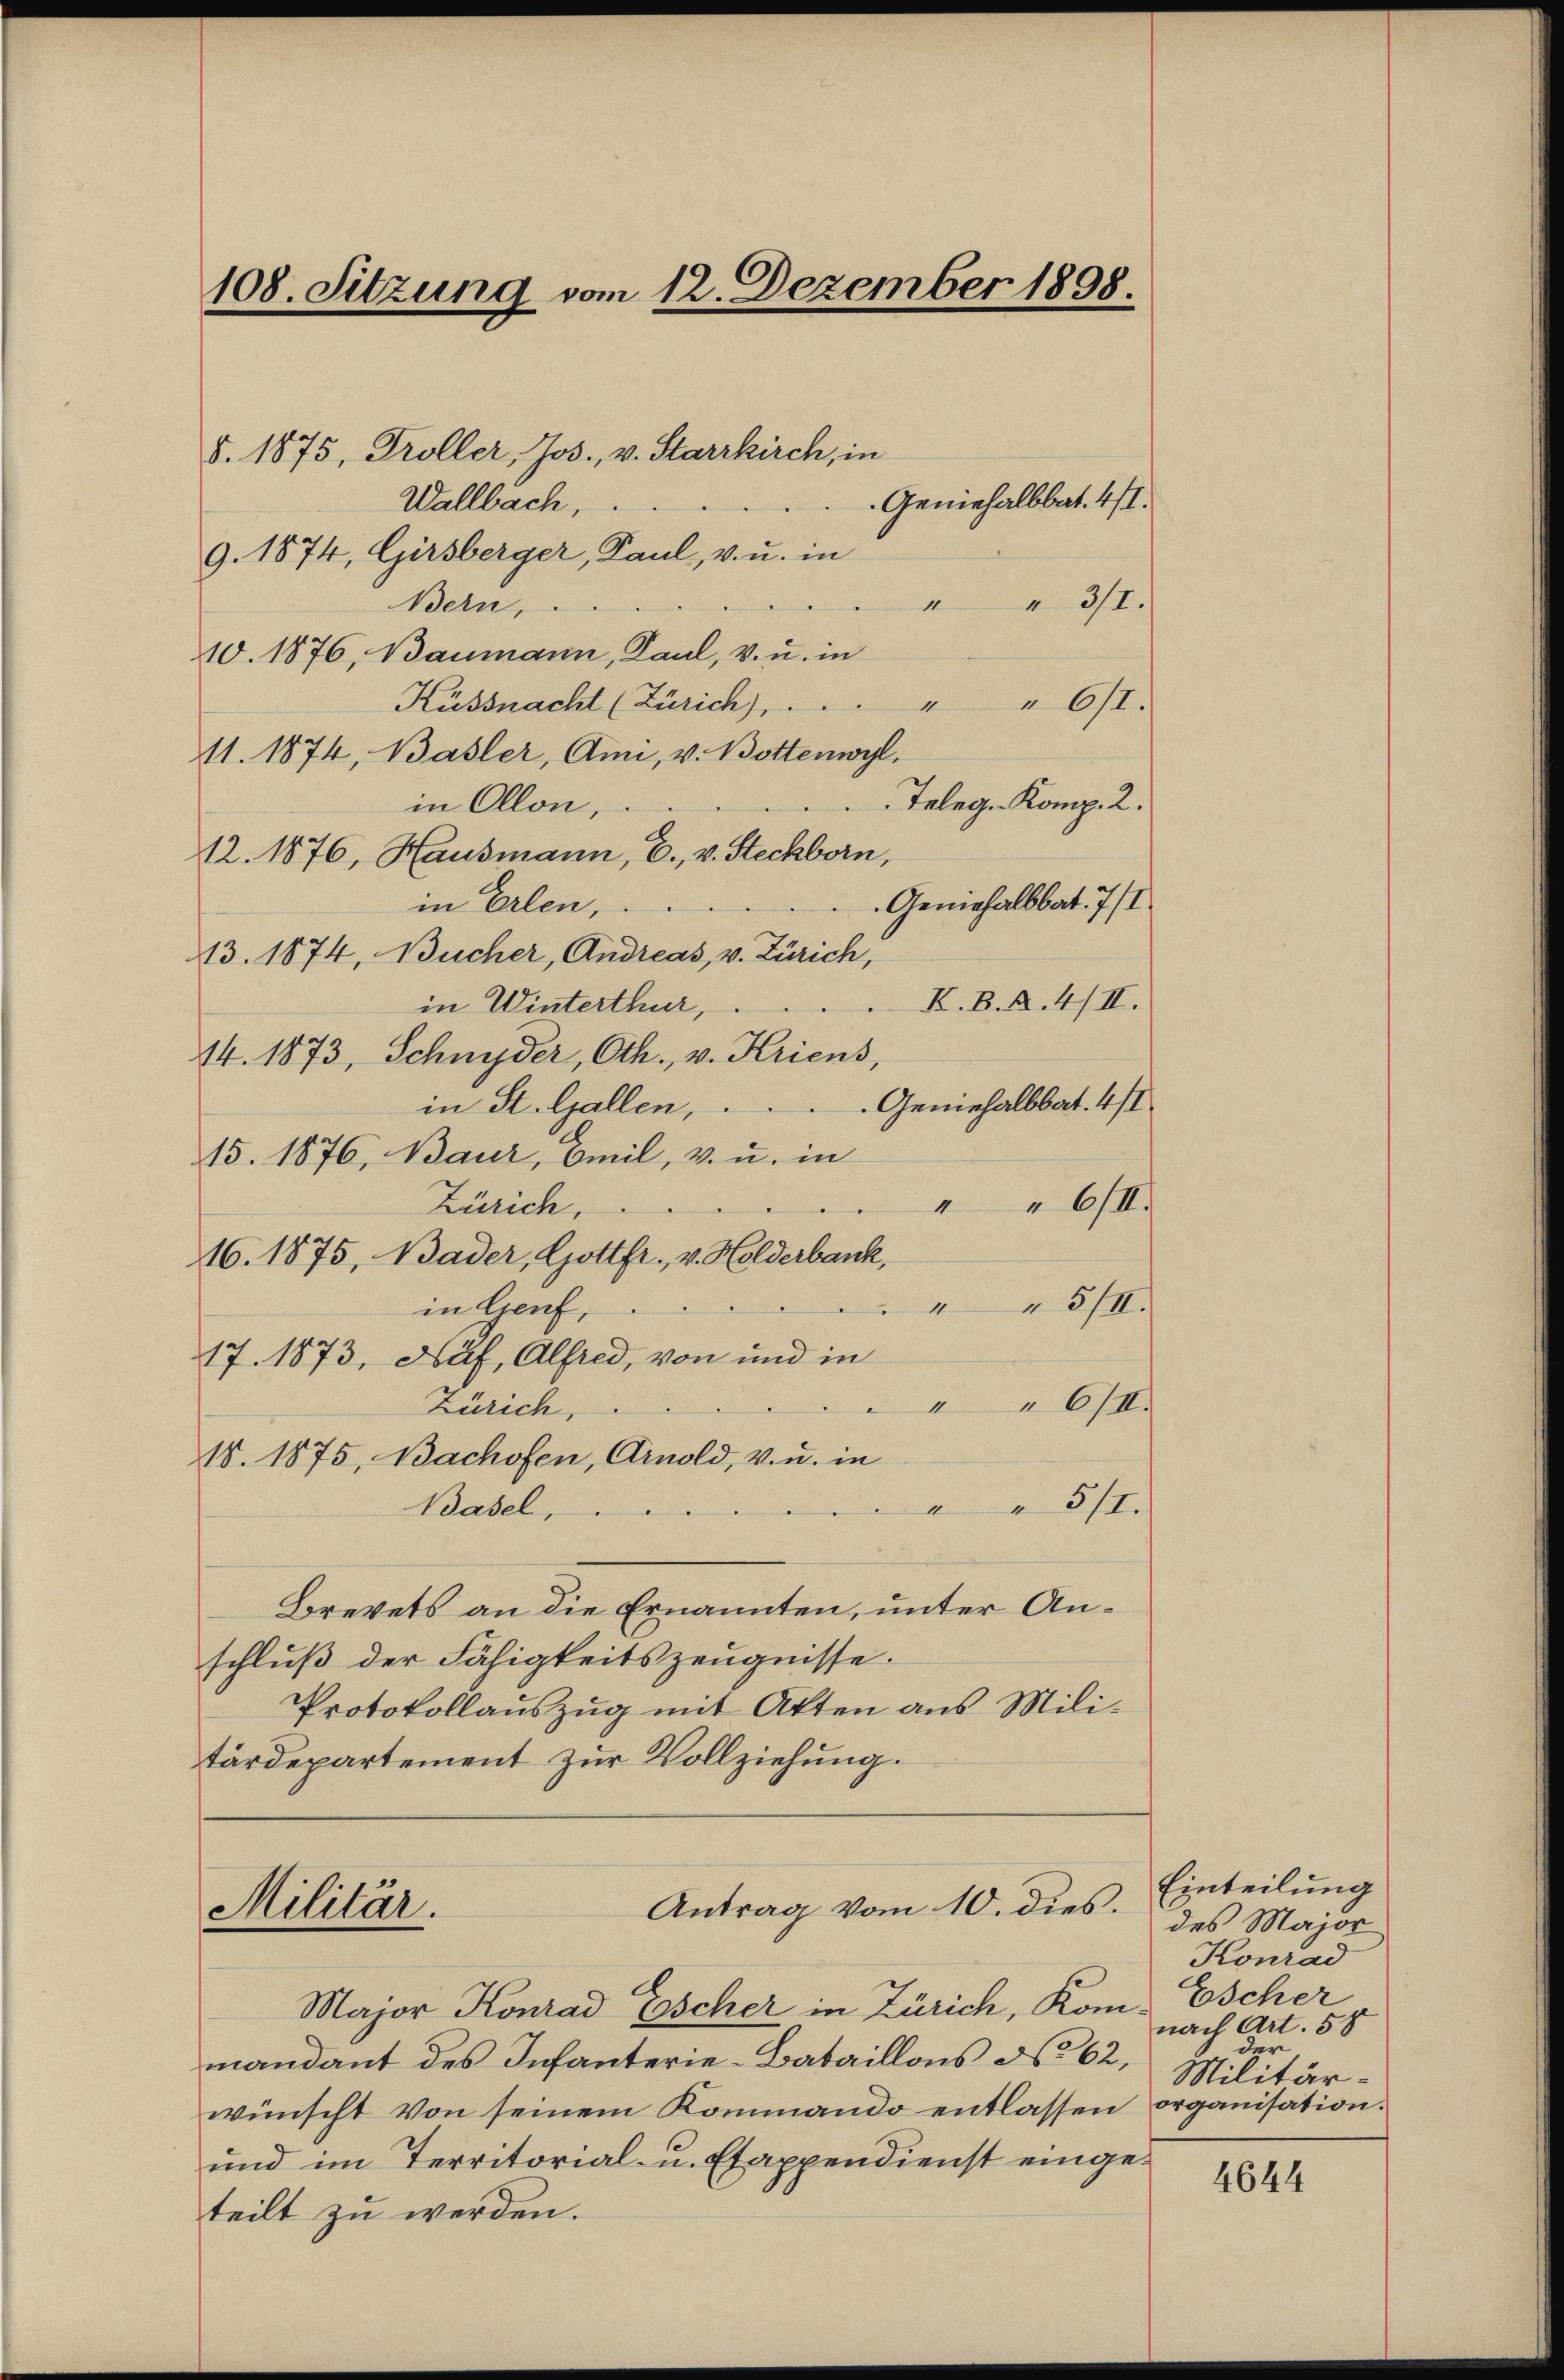
108. Sitzung vom 12. Dezember 1898.

§. 1875, Troller, Jos., v. Starrkirch, in
Wallbach,
Geninhalbbat. 411.
9. 1874, Girsberger, Paul, v. u. in
Bern,
3/I.
10. 1876, Baumann, Paul, v. u. in
Küssnacht (Zürich),
"6/1.
11. 1874, Basler, Ami, v. Bottenwyl,
Teleg. Komp. 2.
in Ollon,
12. 1876, Hausmann, E., v. Steckborn,
Geninhalbbat. 7/I
in Erlen,
13. 1874, Bucher, Andreas, v. Zürich,
K.B.A.4/II.
in Winterthur,
14. 1873, Schnyder, Oth., v. Kriens,
in St. Gallen,  ..  ..  ..  . Geniehalbbat. 4 st
15. 1876, Baur, Emil, v. u. in
"6/II.
Zürich,
16. 1875, Bader, Gottfr., v. Holderbank,
3/II.
in Genf,
17. 1873, Nuf, Alfred, von und in
"6/I.
Zürich
18. 1875, Bachofen, Arnold, v. u. in
Basel,
5/I.
Brevets an die Ernannten, unter Anschluß der Fähigkeitszeugnisse.
Protokollauszug mit Akten aus Militärdepartement zur Vollziehung.

Militär.

Antrag vom 10. dies.

Major Konrad Escher in Zürich, Kommandant des Infanterie-Bataillons No 62,
wünscht von seinem Kommando entlassen organisation.
und im Territorial- u. Etappendienst eingeteilt zu werden.

Einteilung
des Major
Konrad
Escher
nach Art. 58
der
Militär¬

4644